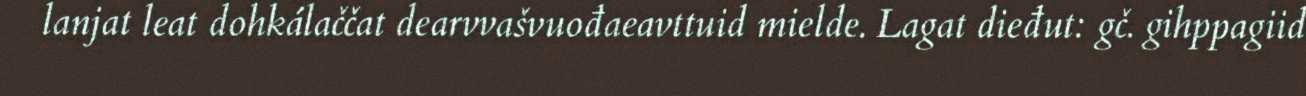
lanjat leat dohkálaččat dearvvašvuođaeavttuid mielde. Lagat dieđut: gč. gihppagiid